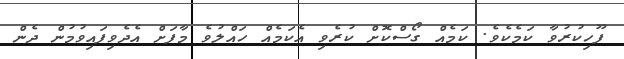
ފޫހިކުރުވާ ކަމެކެވެ. ކަމެއް ގޯސްކޮށް ކުރެވި އެކަމެއް ހައްލުވެ މާފަށް އެދެވިފައިވުމުން ދެން